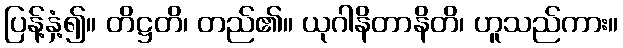
ပြန့်နှံ့၍။ တိဋ္ဌတိ၊ တည်၏။ ယုဂါနိတာနိတိ၊ ဟူသည်ကား။